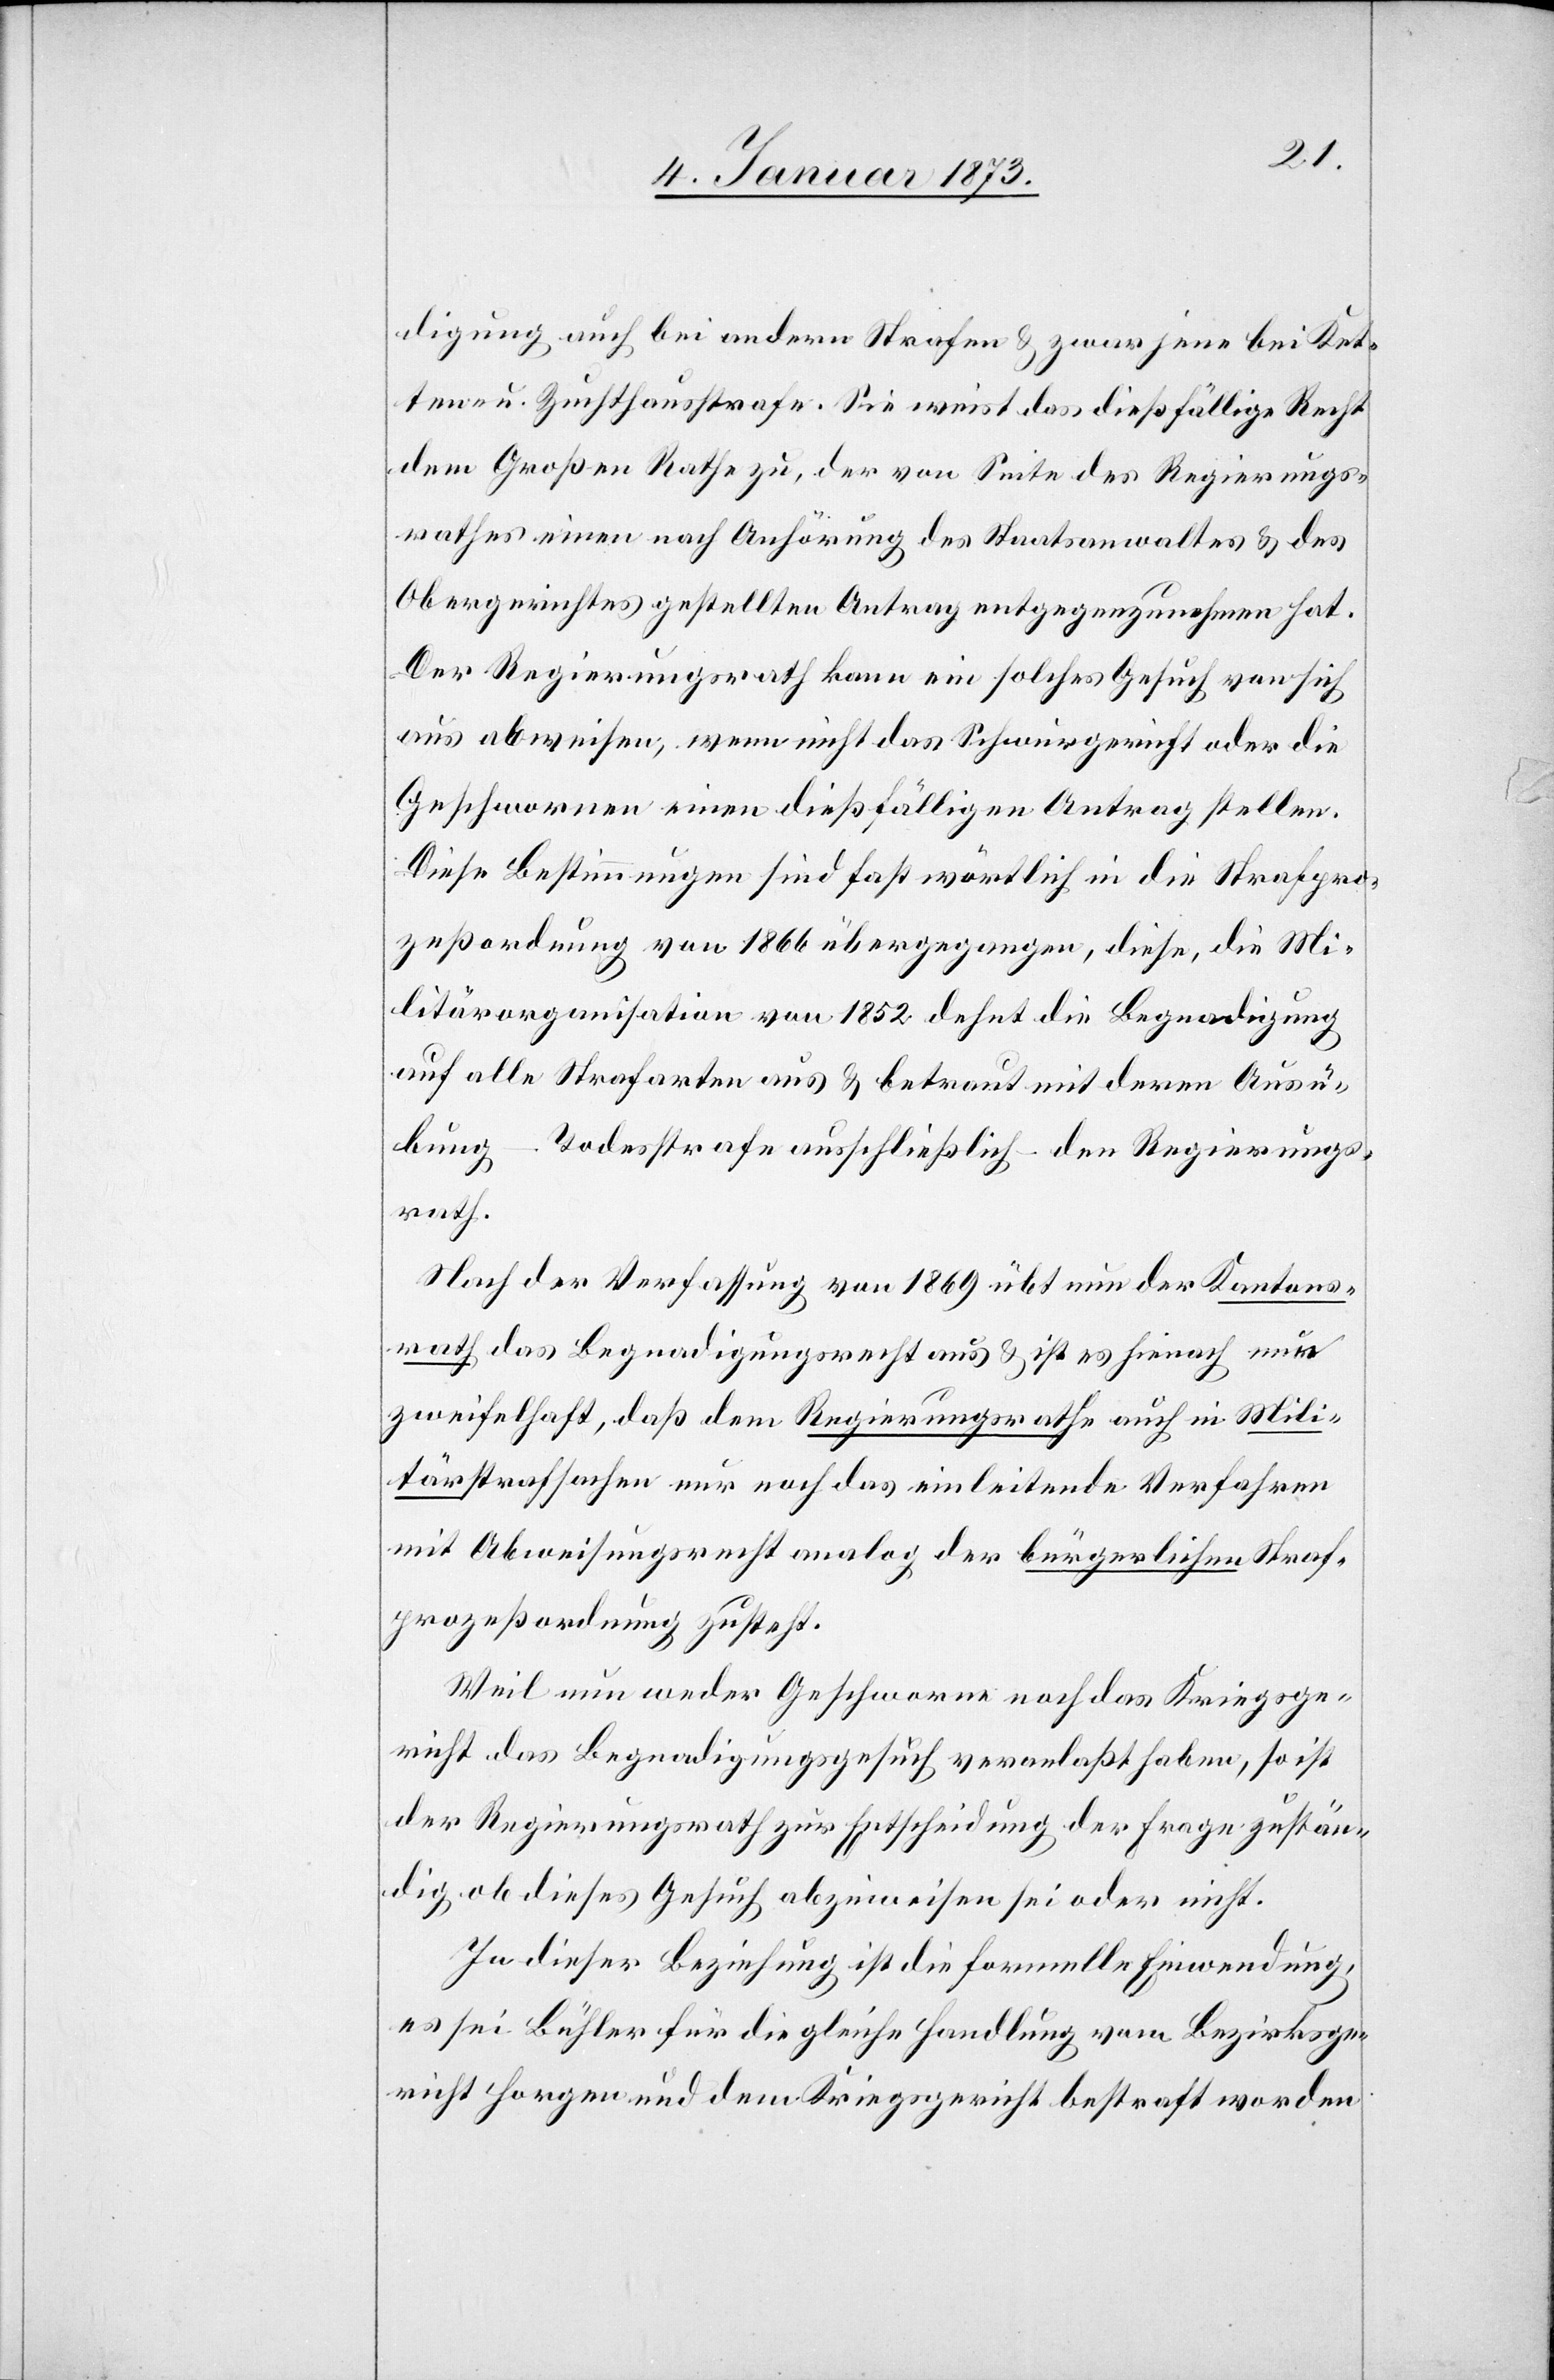
digung auch bei andern Strafen & zwar jene bei Ket¬
ten- u. Zuchthausstrafe. Sie weist das dießfällige Recht
dem Großen Rathe zu, der von Seite des Regierungs¬
rathes einen nach Anhörung des Staatsanwaltes & des
Obergerichtes gestellten Antrag entgegenzunehmen hat.
Der Regierungsrath kann ein solches Gesuch von sich
aus abweisen, wenn nicht das Schwurgericht oder die
Geschwornen einen dießfälligen Antrag stellen.
Diese Bestimmungen sind fast wörtlich in die Strafpro¬
zeßordnung von 1866 übergegangen, diese, die Mi¬
litärorganisation von 1852 dehnt die Begnadigung
auf alle Strafarten aus & betraut mit deren Ausü¬
bung – Todesstrafe ausschließlich – den Regierungs¬
rath.
Nach der Verfassung von 1869 übt nun der Kantons¬
rath das Begnadigungsrecht aus & ist es hienach nur
zweifelhaft, daß dem Regierungsrathe auch in Mili¬
tärstrafsachen nur noch das einleitende Verfahren
mit Abweisungsrecht analog der bürgerlichen Straf¬
prozeßordnung zusteht.
Weil nun weder Geschworne noch das Kriegsge¬
richt das Begnadigungsgesuch veranlaßt haben, so ist
der Regierungsrath zur Entscheidung der Frage zustän¬
dig, ob dieses Gesuch abzuweisen sei oder nicht.
In dieser Beziehung ist die formelle Einwendung,
es sei Bühler für die gleiche Handlung vom Bezirksge¬
richt Horgen und dem Kriegsgericht bestraft worden